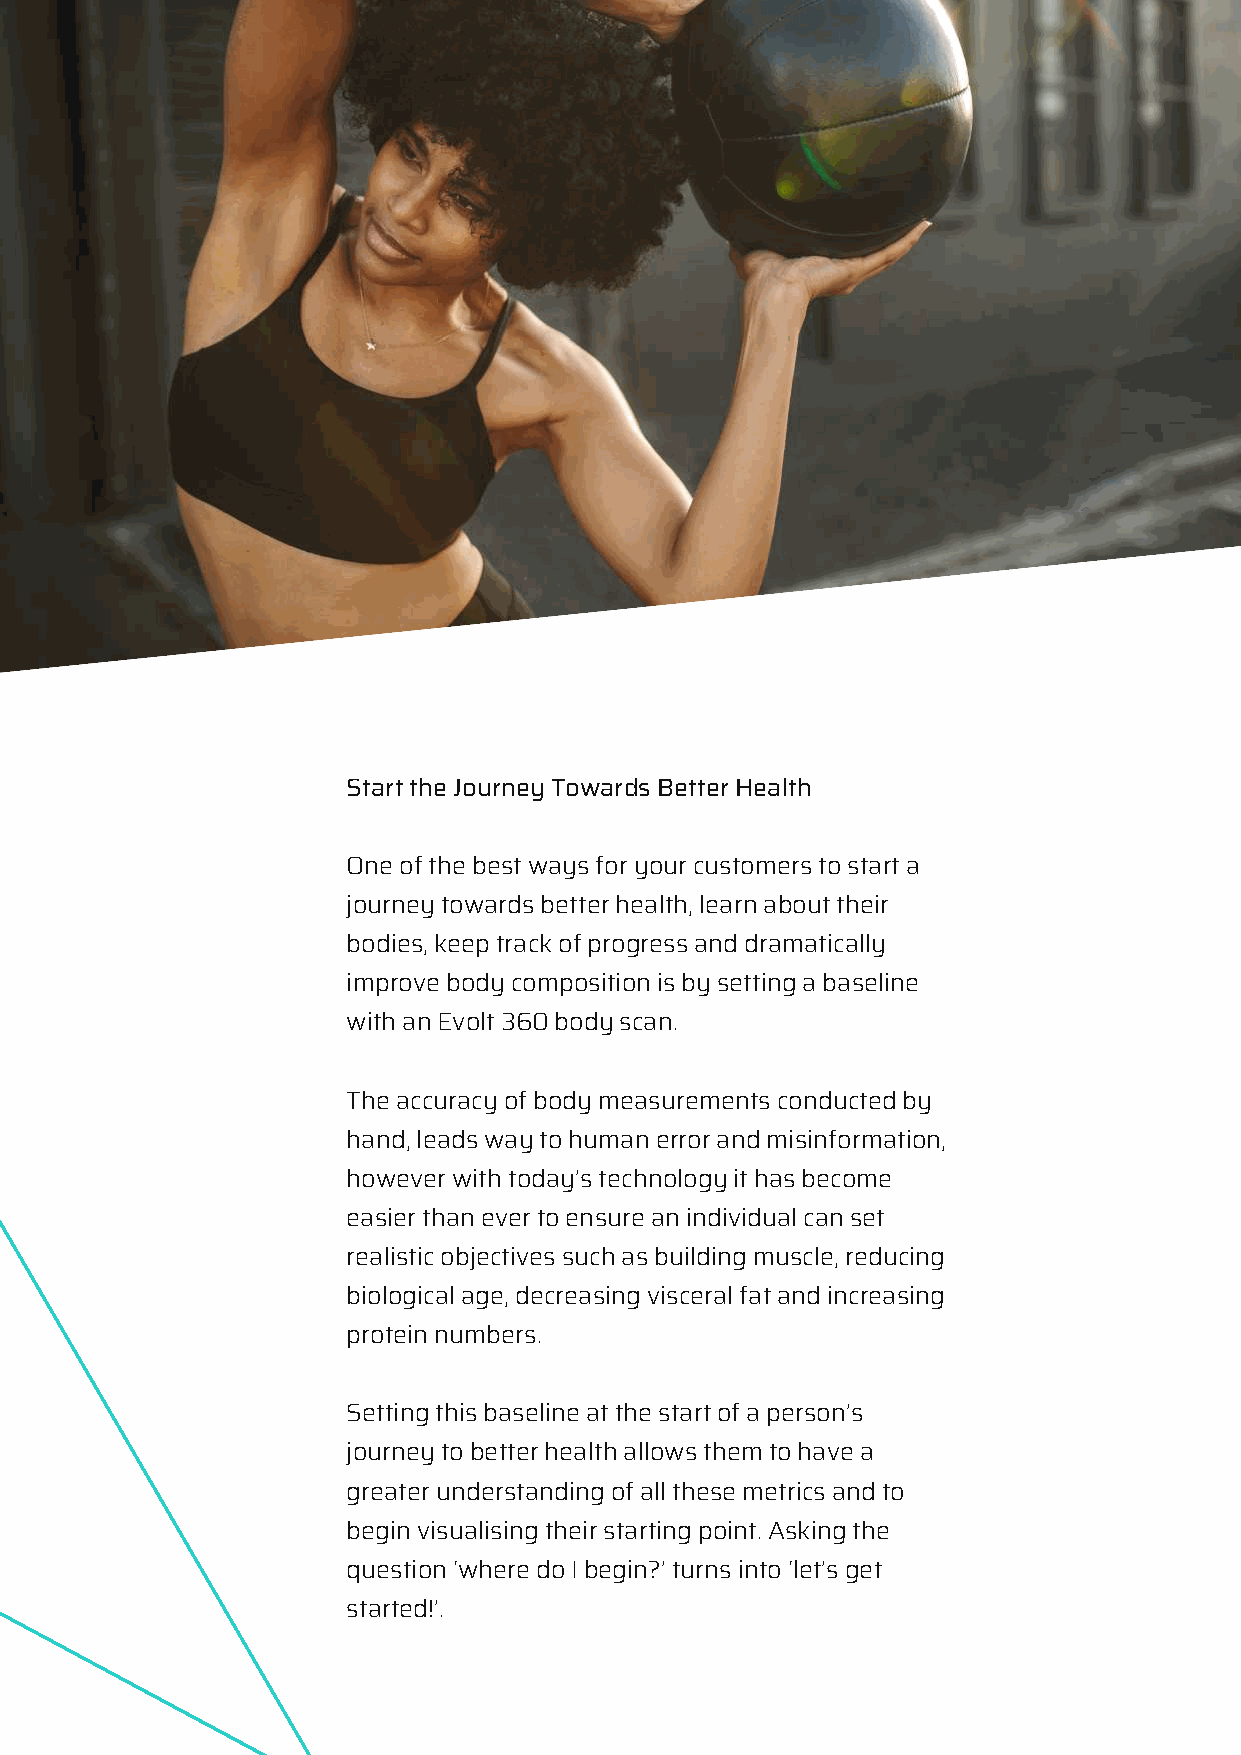
Start the Journey Towards Better Health
 One of the best ways for your customers to start a
 journey towards better health, learn about their
 bodies, keep track of progress and dramatically
 improve body composition is by setting a baseline
 with an Evolt 360 body scan.
 The accuracy of body measurements conducted by
 hand, leads way to human error and misinformation,
 however with today’s technology it has become
 easier than ever to ensure an individual can set
 realistic objectives such as building muscle, reducing
 biological age, decreasing visceral fat and increasing
 protein numbers.
 Setting this baseline at the start of a person’s
 journey to better health allows them to have a
 greater understanding of all these metrics and to
 begin visualising their starting point. Asking the
 question ‘where do I begin?’ turns into ‘let’s get
 started!’.